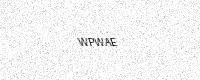
Text: WPWAE